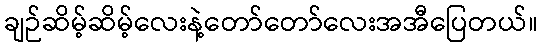
ချဉ်ဆိမ့်ဆိမ့်လေးနဲ့တော်တော်လေးအအီပြေတယ်။